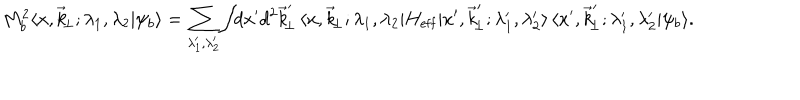
LaTeX: M _ { b } ^ { 2 } \langle x , \vec { k } _ { \! \perp } ; \lambda _ { 1 } , \lambda _ { 2 } \vert \psi _ { b } \rangle = \sum _ { \lambda _ { 1 } ^ { \prime } , \lambda _ { 2 } ^ { \prime } } \! \int \! \! d x ^ { \prime } d ^ { 2 } \vec { k } _ { \! \perp } ^ { \prime } \, \langle x , \vec { k } _ { \! \perp } ; \lambda _ { 1 } , \lambda _ { 2 } \vert H _ { \mathrm { e f f } } \vert x ^ { \prime } , \vec { k } _ { \! \perp } ^ { \prime } ; \lambda _ { 1 } ^ { \prime } , \lambda _ { 2 } ^ { \prime } \rangle \, \langle x ^ { \prime } , \vec { k } _ { \! \perp } ^ { \prime } ; \lambda _ { 1 } ^ { \prime } , \lambda _ { 2 } ^ { \prime } \vert \psi _ { b } \rangle .